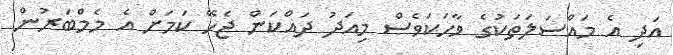
އަދި އެ މައްސަލަތަކުގެ ވާހަކަވެސް މިއަދު ދައްކަން ޖެހޭ ކަމަށް އެ މެމްބަރުން